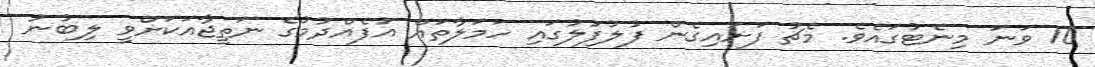
10 ވަނަ މިނެޓުގައެވެ. މެޗު ފަށައިގެން ފުލުފުލުގައި ހަމަލާތައް އުފެއްދުމުގެ ނަތީޖާއަކަށްވީ ލިބުނު